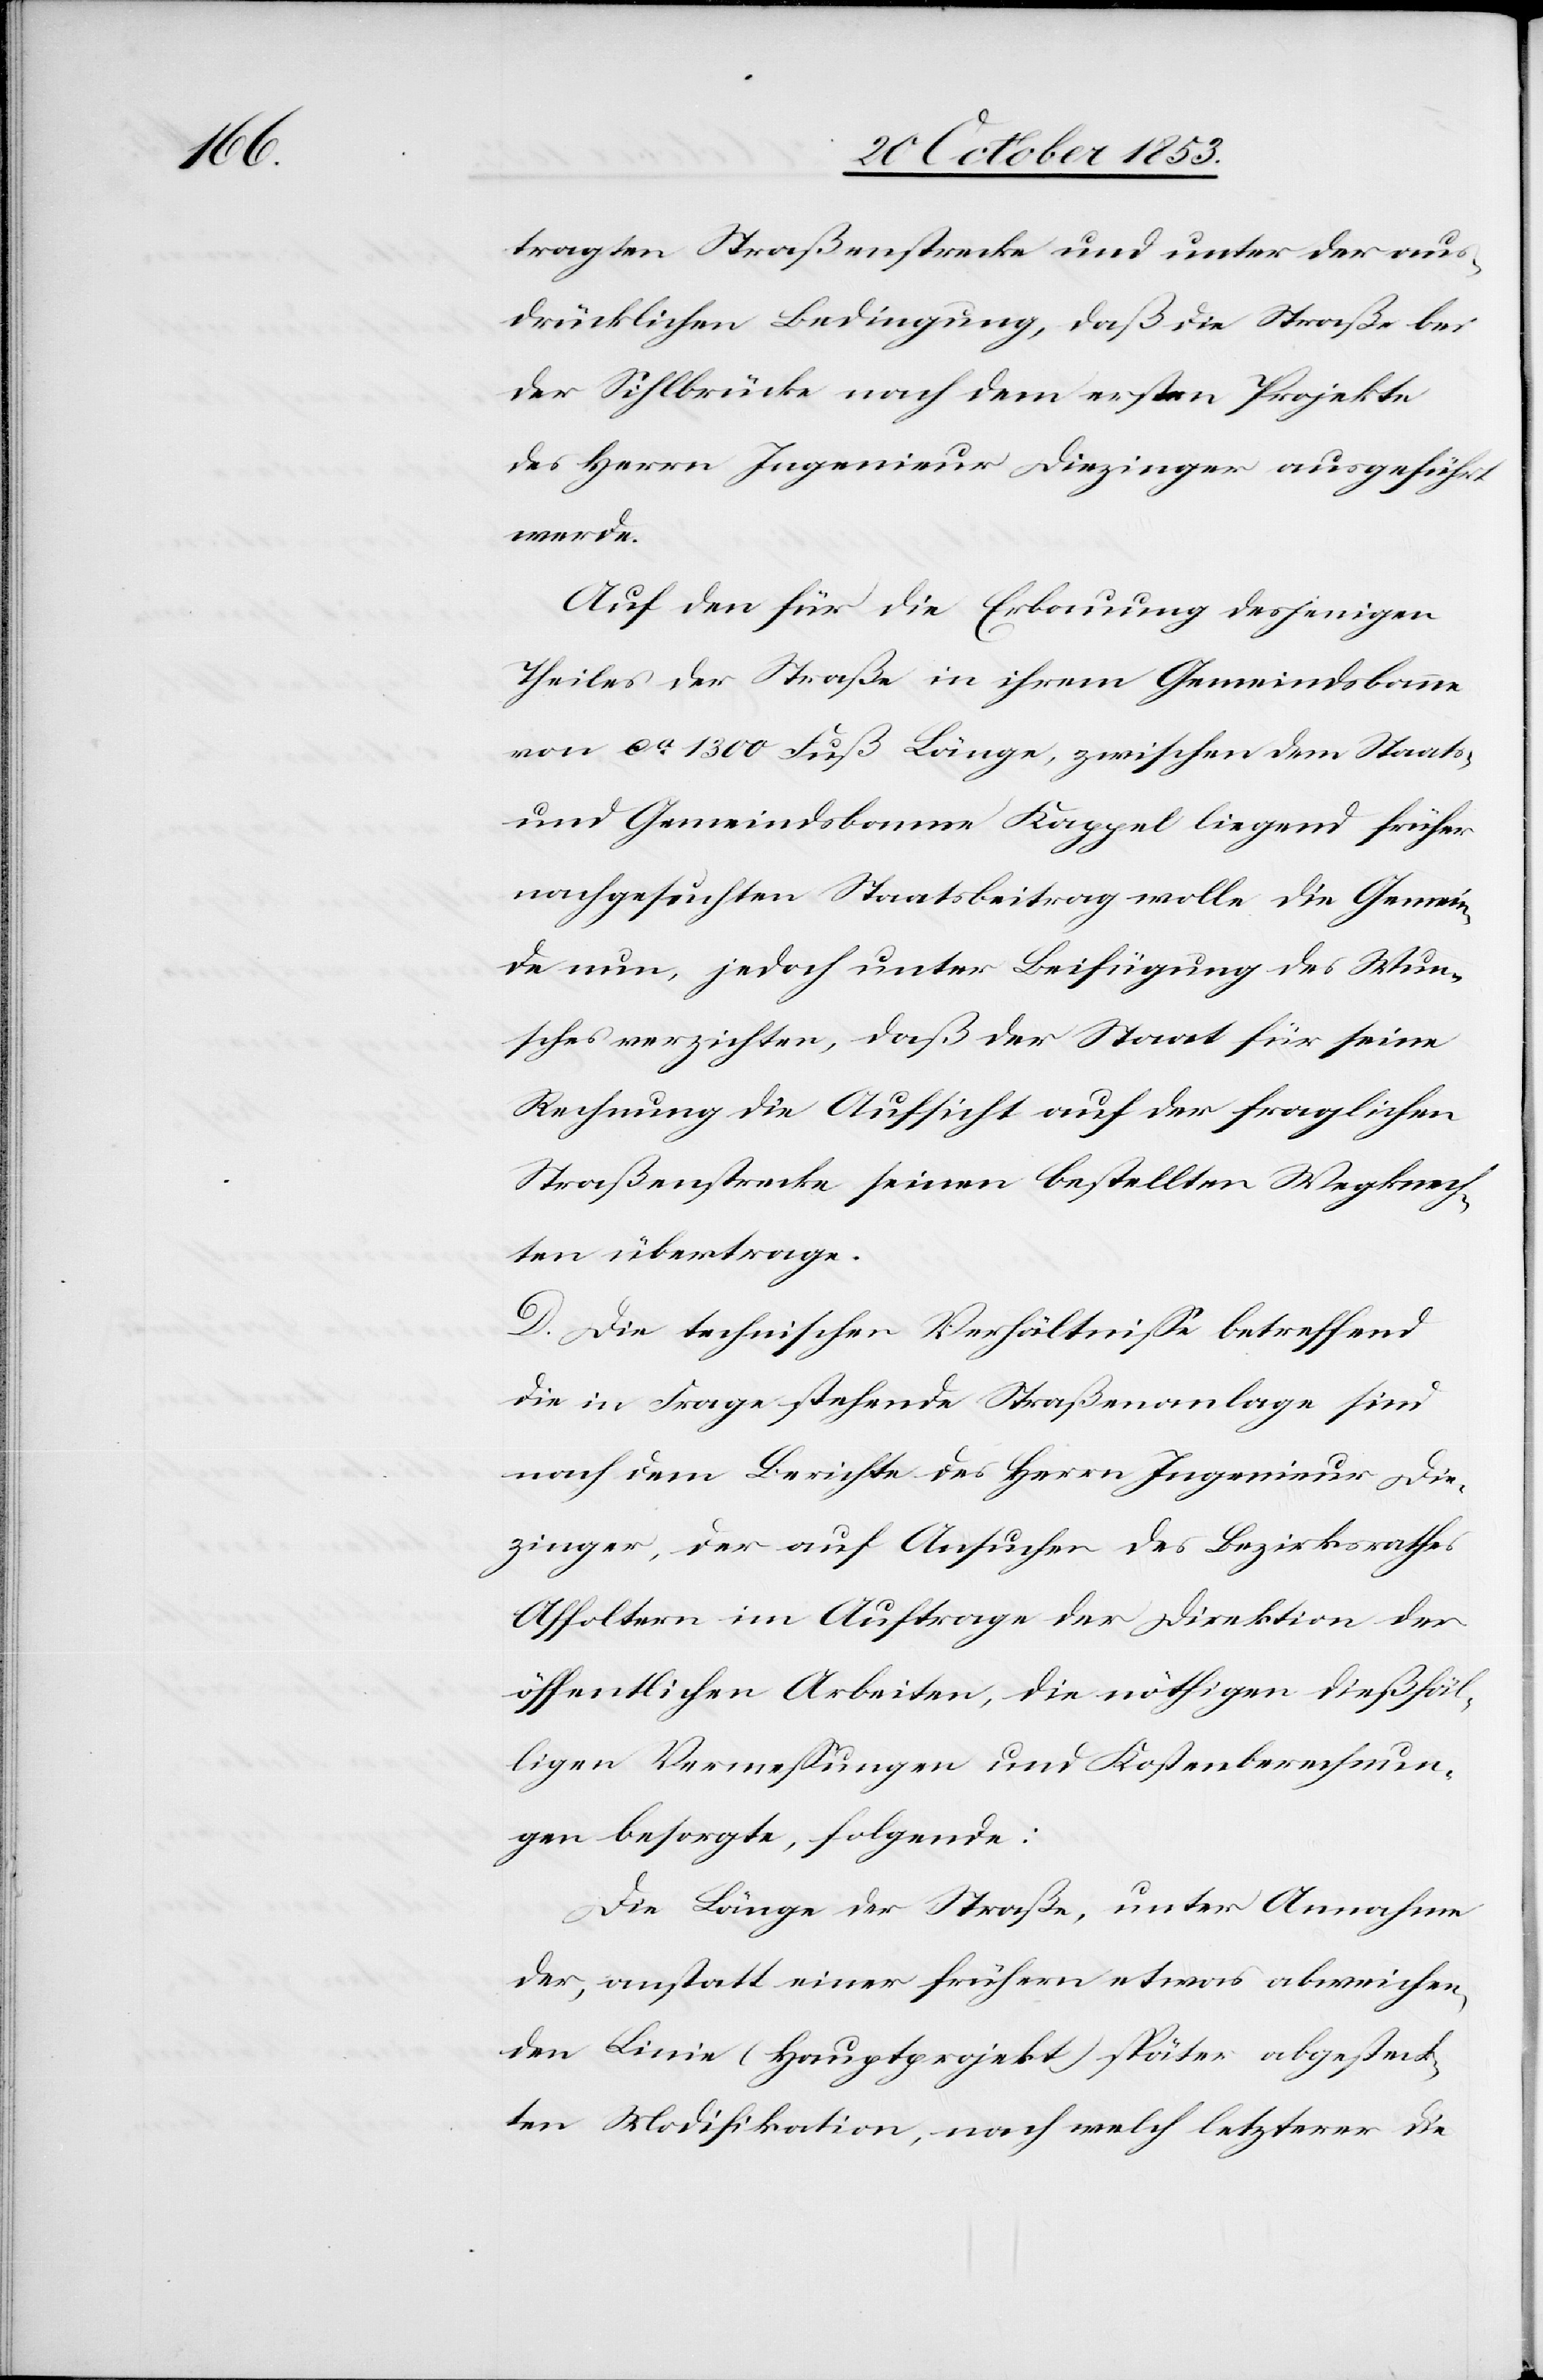
tragten Straßenstrecke und unter der aus¬
drücklichen Bedingung, daß die Straße bei
der Sihlbrücke nach dem erstern Projekte
des Herrn Ingenieur Diezinger ausgeführt
werde.
Auf den für die Erbauung desjenigen
Theiles der Straße in ihrem Gemeindsbanne
von ca 1300 Fuß Länge, zwischen dem Staats-
und Gemeindsbanne Kappel liegend früher
nachgesuchten Staatsbeitrag wolle die Gemein¬
de nun, jedoch unter Beifügung des Wun¬
sches verzichten, daß der Staat für seine
Rechnung die Aufsicht auf der fraglichen
Straßenstrecke seinen bestellten Wegknech¬
ten übertrage.
D. Die technischen Verhältniße betreffend
die in Frage stehende Straßenanlage sind
nach dem Berichte des Herrn Ingenieur Die¬
zinger, der auf Ansuchen des Bezirksrathes
Affoltern im Auftrage der Direktion der
öffentlichen Arbeiten, die nöthigen dießfäl¬
ligen Vermeßungen und Kostenberechnun¬
gen besorgte folgende:
Die Länge der Straße, unter Annahme
der, anstatt einer frühern etwas abweichen¬
den Linie (Hauptprojekt) später abgesteck¬
ten Modifikation, nach welch letzterer die